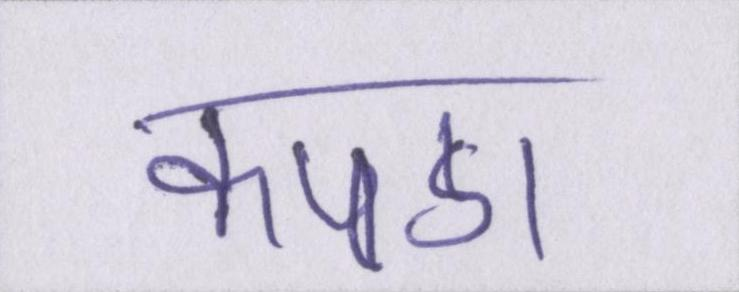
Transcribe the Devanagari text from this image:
कपडा